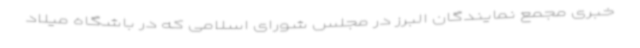
خبری مجمع نمایندگان البرز در مجلس شورای اسلامی که در باشگاه میلاد